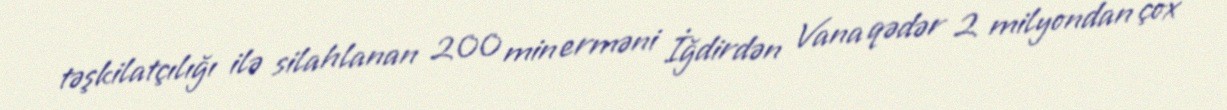
təşkilatçılığı ilə silahlanan 200 min erməni İğdirdən Vana qədər 2 milyondan çox